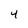
Character: 4